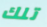
تلك